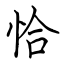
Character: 恰